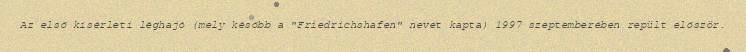
Az első kísérleti léghajó (mely később a "Friedrichshafen" nevet kapta) 1997 szeptemberében repült először.